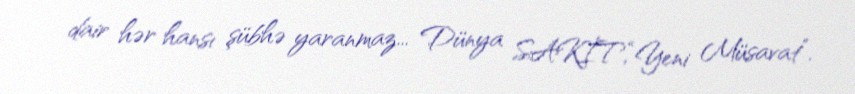
dair hər hansı şübhə yaranmaz... Dünya SAKİT,“Yeni Müsavat”.